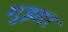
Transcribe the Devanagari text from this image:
गुइसा